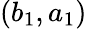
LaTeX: (b_{1},a_{1})